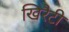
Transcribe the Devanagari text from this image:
खिरैटी